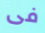
فى